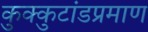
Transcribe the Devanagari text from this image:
कुक्कुटांडप्रमाण